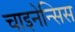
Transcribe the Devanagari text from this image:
चाइनेन्सिस